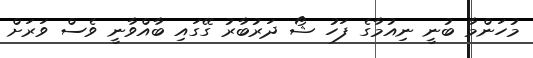
މުހަންމާ ބުނީ ނިއުމާގެ ފަހު ޝޯ ދަރުބާރު ގޭގައި ބާއްވާނީ ވެސް ވަރަށް